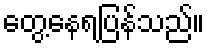
တွေ့နေရပြန်သည်။